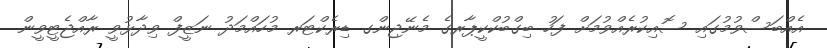
އެއްބަސްވުމުގައި ސޮއިކުރެއްވުމަށް ފަހު ބިގްބުކްކީޕާރގެ މެނޭޖިންގ ޑިރެކްޓަރ މުހައްމަދު ނަޒީފް ވިދާޅުވީ ރާއްޖެޓީވީން